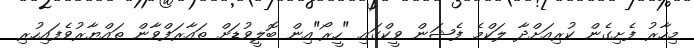
މިހާރު ފެށިގެން ކުރިއަށްދާ ލަކްމެ ފެޝަން ވީކްގައި "ހީރޯ"އިން ބޮލީވުޑަށް ތައާރަފްވާން ތައްޔާރުވެފައިހުރި